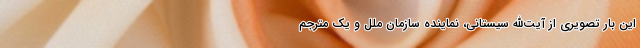
این بار تصویری از آیت‌الله سیستانی، ‌نماینده سازمان ملل و یک مترجم